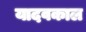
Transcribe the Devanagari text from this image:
यादवकाल